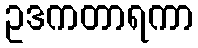
ဥဒကတာရကာ